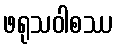
ဖရုသဝါစဿ